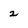
Character: 2